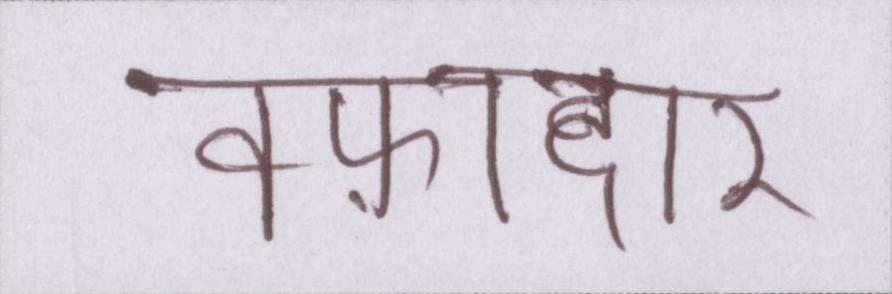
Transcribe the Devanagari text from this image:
वफ़ादार